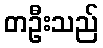
တဦးသည်